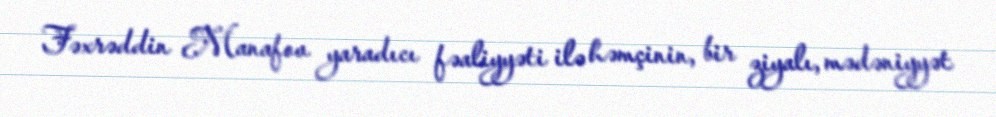
Fəxrəddin Manafov yaradıcı fəaliyyəti ilə həmçinin, bir ziyalı, mədəniyyət